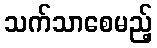
သက်သာစေမည့်